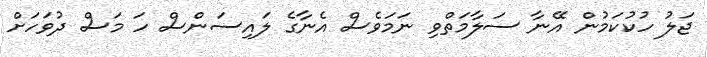
ޖަލު ހުކުކަމުން އޭނާ ސަލާމަތްވި ނަމަވެސް އެނާގެ ލައިސަންސް ހަ މަސް ދުވަހަށް